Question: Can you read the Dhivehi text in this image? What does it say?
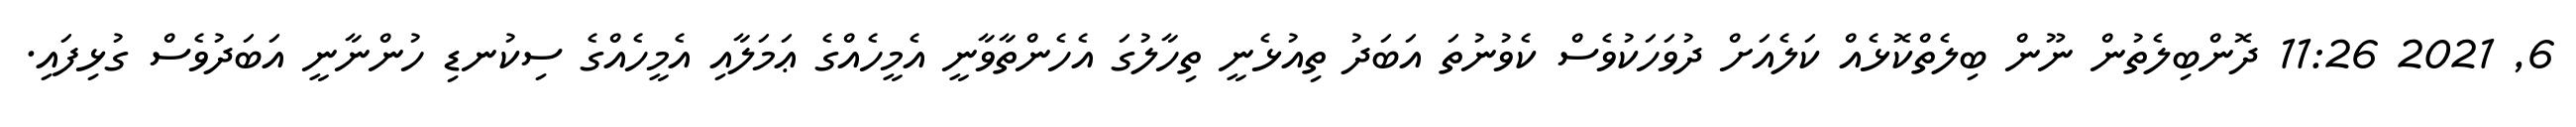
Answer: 6, 2021 11:26 ދޮންބިލެތުން ނޫން ބިލެތްކޮޅެއް ކަލެއަށް ދުވަހަކުވެސް ކެވުނުތަ އަބަދު ތިއުޅެނީ ތިހާލުގަ އެހެންތާވާނީ އެމީހެއްގެ ޢަމަލާއި އެމީހެއްގެ ސިކުނޑި ހުންނާނީ އަބަދުވެސް ގުޅިފައި.